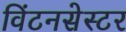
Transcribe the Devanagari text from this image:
विंटनसेस्टर